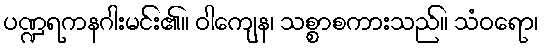
ပဏ္ဍရကနဂါးမင်း၏။ ဝါကျေန၊ သစ္စာစကားသည်။ သံဝရော၊